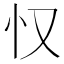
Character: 𱝽